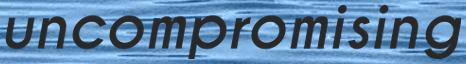
uncompromising